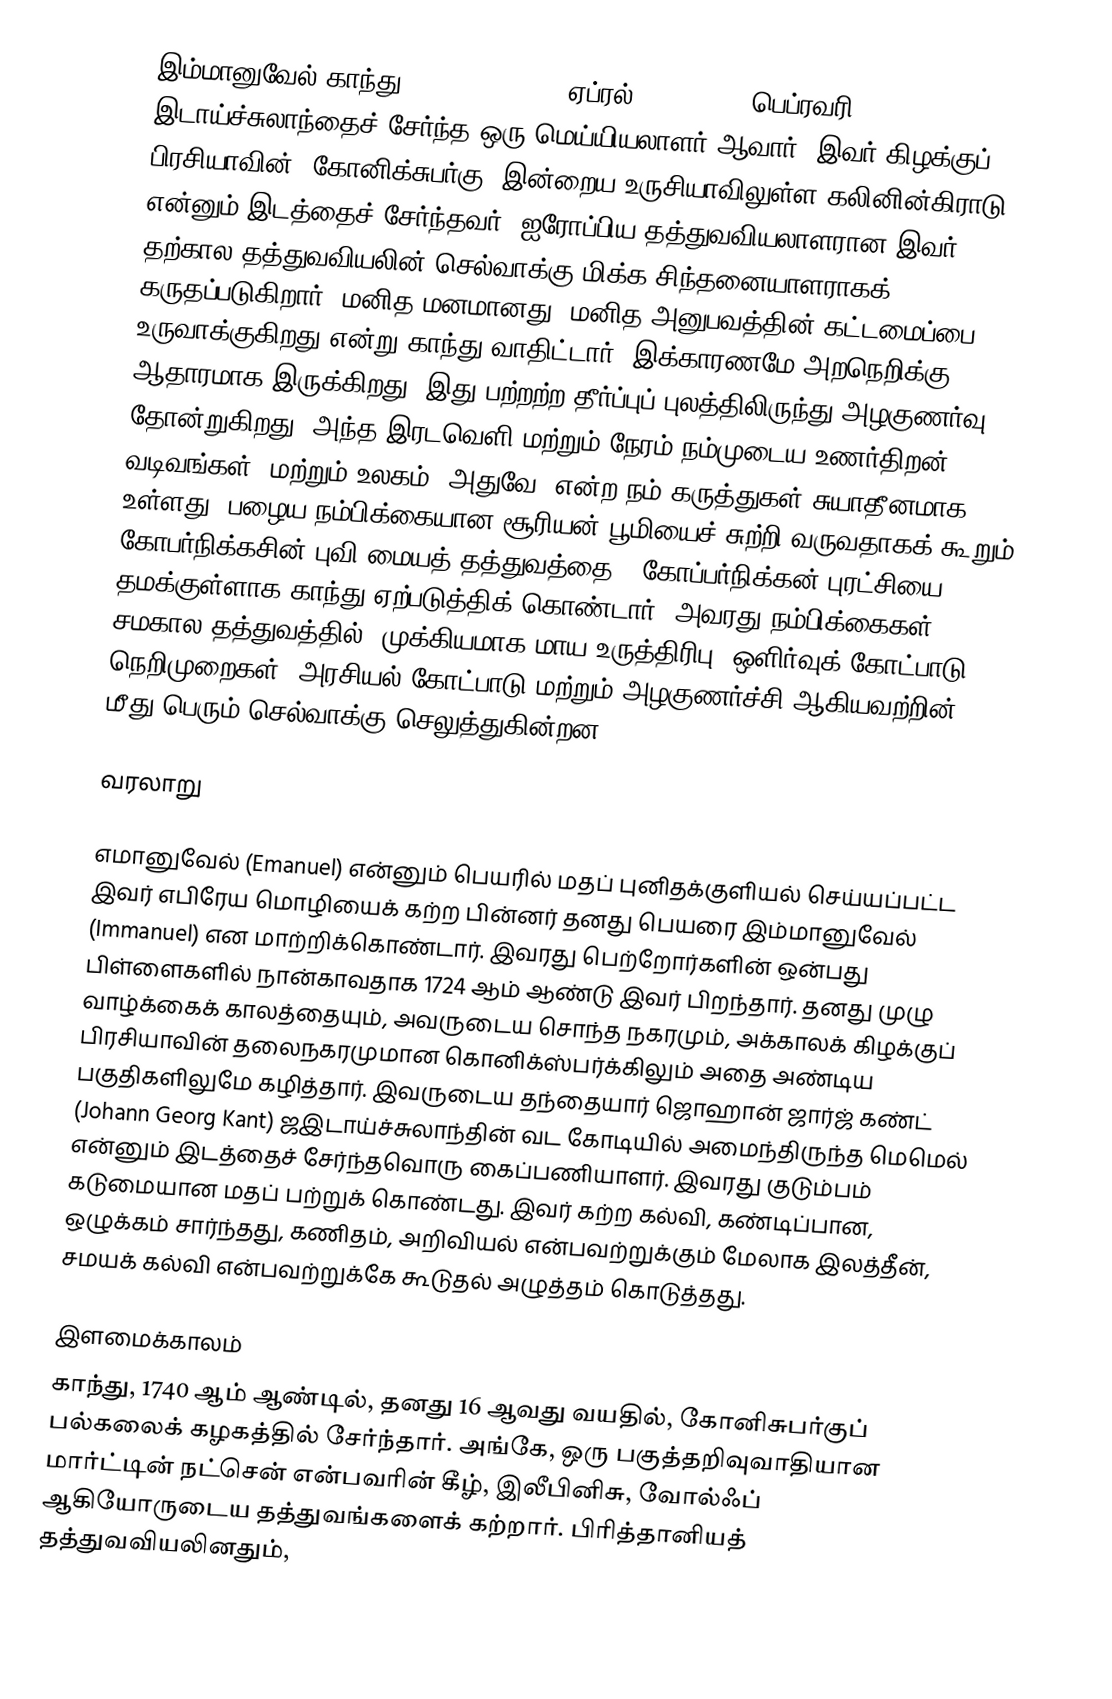
இம்மானுவேல் காந்து  (Immanuel Kant, ஏப்ரல் 22, 1724 – பெப்ரவரி 12, 1804) இடாய்ச்சுலாந்தைச் சேர்ந்த ஒரு மெய்யியலாளர் ஆவார். இவர் கிழக்குப் பிரசியாவின், கோனிக்சுபர்கு (இன்றைய உருசியாவிலுள்ள கலினின்கிராடு) என்னும் இடத்தைச் சேர்ந்தவர். ஐரோப்பிய தத்துவவியலாளரான இவர் தற்கால தத்துவவியலின் செல்வாக்கு மிக்க சிந்தனையாளராகக் கருதப்படுகிறார். மனித மனமானது, மனித அனுபவத்தின் கட்டமைப்பை உருவாக்குகிறது என்று காந்து வாதிட்டார். இக்காரணமே அறநெறிக்கு ஆதாரமாக இருக்கிறது.  இது பற்றற்ற தீர்ப்புப் புலத்திலிருந்து அழகுணர்வு தோன்றுகிறது. அந்த இரடவெளி மற்றும் நேரம் நம்முடைய உணர்திறன் வடிவங்கள், மற்றும் உலகம் "அதுவே" என்ற நம் கருத்துகள் சுயாதீனமாக உள்ளது. பழைய நம்பிக்கையான சூரியன் பூமியைச் சுற்றி வருவதாகக் கூறும் கோபர்நிக்கசின் புவி மையத் தத்துவத்தை, "கோப்பர்நிக்கன் புரட்சியை" தமக்குள்ளாக காந்து ஏற்படுத்திக் கொண்டார். அவரது நம்பிக்கைகள் சமகால தத்துவத்தில், முக்கியமாக மாய உருத்திரிபு, ஒளிர்வுக் கோட்பாடு, நெறிமுறைகள், அரசியல் கோட்பாடு மற்றும் அழகுணர்ச்சி ஆகியவற்றின் மீது பெரும் செல்வாக்கு செலுத்துகின்றன.

வரலாறு

எமானுவேல் (Emanuel) என்னும் பெயரில் மதப் புனிதக்குளியல் செய்யப்பட்ட இவர் எபிரேய மொழியைக் கற்ற பின்னர் தனது பெயரை இம்மானுவேல் (Immanuel) என மாற்றிக்கொண்டார். இவரது பெற்றோர்களின் ஒன்பது பிள்ளைகளில் நான்காவதாக 1724 ஆம் ஆண்டு இவர் பிறந்தார். தனது முழு வாழ்க்கைக் காலத்தையும், அவருடைய சொந்த நகரமும், அக்காலக் கிழக்குப் பிரசியாவின் தலைநகரமுமான கொனிக்ஸ்பர்க்கிலும் அதை அண்டிய பகுதிகளிலுமே கழித்தார். இவருடைய தந்தையார் ஜொஹான் ஜார்ஜ் கண்ட் (Johann Georg Kant) ஜஇடாய்ச்சுலாந்தின் வட கோடியில் அமைந்திருந்த மெமெல் என்னும் இடத்தைச் சேர்ந்தவொரு கைப்பணியாளர். இவரது குடும்பம் கடுமையான மதப் பற்றுக் கொண்டது. இவர் கற்ற கல்வி, கண்டிப்பான, ஒழுக்கம் சார்ந்தது, கணிதம், அறிவியல் என்பவற்றுக்கும் மேலாக இலத்தீன், சமயக் கல்வி என்பவற்றுக்கே கூடுதல் அழுத்தம் கொடுத்தது.

இளமைக்காலம்
காந்து, 1740 ஆம் ஆண்டில், தனது 16 ஆவது வயதில், கோனிசுபர்குப் பல்கலைக் கழகத்தில் சேர்ந்தார். அங்கே, ஒரு பகுத்தறிவுவாதியான மார்ட்டின் நட்சென் என்பவரின் கீழ், இலீபினிசு, வோல்ஃப் ஆகியோருடைய தத்துவங்களைக் கற்றார். பிரித்தானியத் தத்துவவியலினதும்,